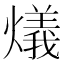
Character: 燨